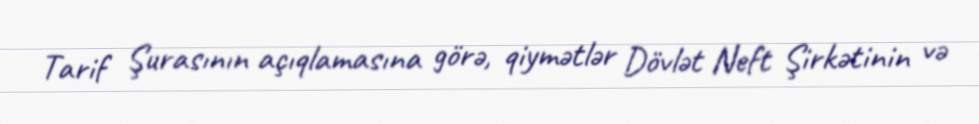
Tarif Şurasının açıqlamasına görə, qiymətlər Dövlət Neft Şirkətinin və